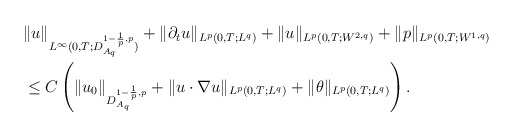
\begin{align*}\begin{aligned} & \|u\|_{L^{\infty}(0,T;D_{A_{q}}^{1-\frac{1}{p},p})}+\|\partial_{t}u\|_{L^{p}(0,T;L^{q})}+\|u\|_{L^{p}(0,T;W^{2,q})}+\|p\|_{L^{p}(0,T;W^{1,q})}\\ & \leq C\left(\|u_{0}\|_{D_{A_{q}}^{1-\frac{1}{p},p}}+\|u\cdot\nabla u\|_{L^{p}(0,T;L^{q})}+\|\theta\|_{L^{p}(0,T;L^{q})}\right).\end{aligned}\end{align*}